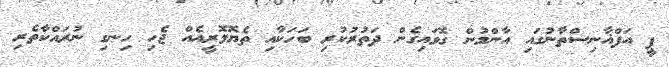
ޕީ އަފްޣާނިސްތާނުގައި އާންމުން ގޮވައިގެން ދަތުރުކުރި ބަހަކާއި ތެޔޮލޮރީއެއް ޖެހި ހިނގި ނުރައްކާތެރި